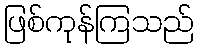
ဖြစ်ကုန်ကြသည်